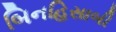
બિનહિસાબી